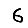
Digit: 6